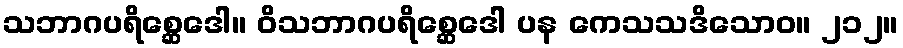
သဘာဂပရိစ္ဆေဒေါ။ ဝိသဘာဂပရိစ္ဆေဒေါ ပန ကေသသဒိသောဝ။ ၂၁၂။